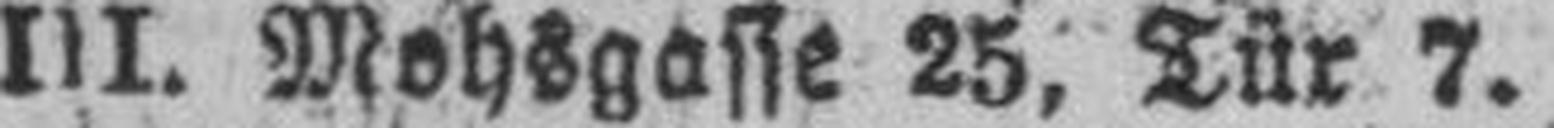
III. Mohsgasse 25, Tür 7.